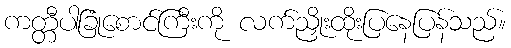
ကတ္တီပါခြုံစောင်ကြီးကို လက်ညှိုးထိုးပြနေပြန်သည်။